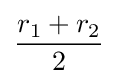
{\frac {r_{1}+r_{2}}{2}}